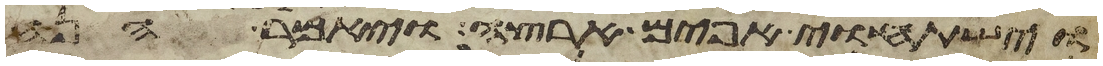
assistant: וישתחוי אפים ארצה ויאמר הנה